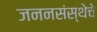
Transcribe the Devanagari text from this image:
जननसंस्थेचे